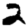
Digit: 2